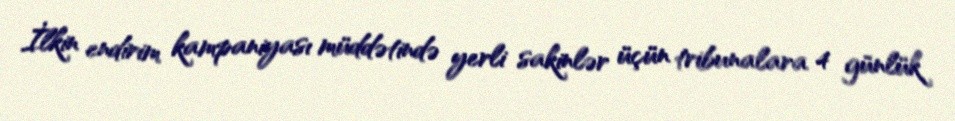
İlkin endirim kampaniyası müddətində yerli sakinlər üçün tribunalara 4 günlük